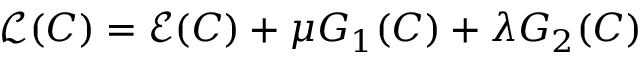
\mathscr { L } ( C ) = \mathcal { E } ( C ) + \mu G _ { 1 } ( C ) + \lambda G _ { 2 } ( C )